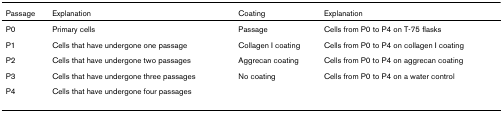
<table><thead><tr><td><b>Passage</b></td><td><b>Explanation</b></td><td><b>Coating</b></td><td><b>Explanation</b></td></tr></thead><tbody><tr><td>P0</td><td>Primary cells</td><td>Passage</td><td>Cells from P0 to P4 on T-75 flasks</td></tr><tr><td>P1</td><td>Cells that have undergone one passage</td><td>Collagen I coating</td><td>Cells from P0 to P4 on collagen I coating</td></tr><tr><td>P2</td><td>Cells that have undergone two passages</td><td>Aggrecan coating</td><td>Cells from P0 to P4 on aggrecan coating</td></tr><tr><td>P3</td><td>Cells that have undergone three passages</td><td>No coating</td><td>Cells from P0 to P4 on a water control</td></tr><tr><td>P4</td><td>Cells that have undergone four passages</td><td></td><td></td></tr></tbody></table>